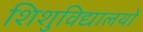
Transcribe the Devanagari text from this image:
शिशुविद्यालयों